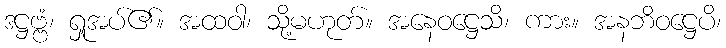
ဒဋ္ဌဗ္ဗံ၊ ရှုအပ်၏။ အထဝါ၊ သို့မဟုတ်။ အနေဝဋ္ဌေသိ၊ ကား။ အနဘိဝဋ္ဌေပိ၊